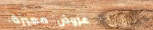
عروض مميزة